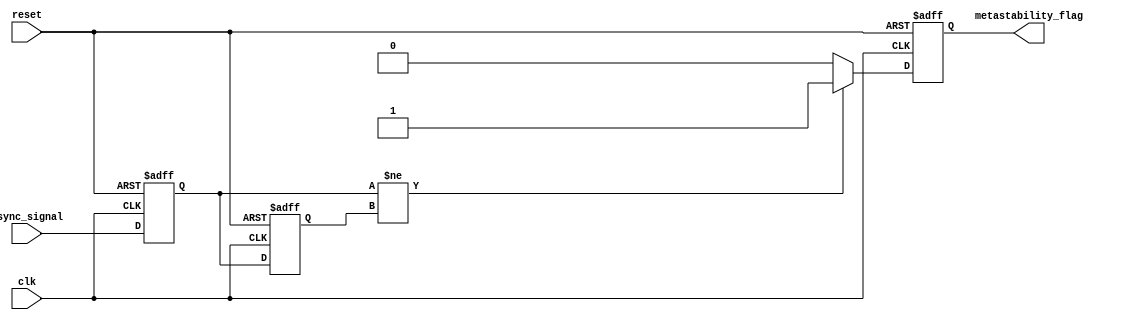
module metastability_detector (
    input wire clk,                // Clock signal
    input wire reset,              // Reset signal
    input wire async_signal,       // Asynchronous input signal
    output reg metastability_flag   // Metastability detection flag
);

    // Parameters
    parameter NUM_SAMPLES = 8;     // Number of samples to store

    // Flip-flops for sampling
    reg ff1, ff2;                   // Two flip-flops
    reg [NUM_SAMPLES-1:0] memory;   // Memory to store samples
    integer sample_index;           // Index for memory storage

    // Flip-flop sampling process
    always @(posedge clk or posedge reset) begin
        if (reset) begin
            ff1 <= 1'b0;
            ff2 <= 1'b0;
            metastability_flag <= 1'b0;
            sample_index <= 0;
            memory <= 0;
        end else begin
            // Sample the asynchronous signal
            ff1 <= async_signal;       // First flip-flop samples the input
            ff2 <= ff1;                // Second flip-flop samples the output of the first

            // Store the output of the second flip-flop in memory
            if (sample_index < NUM_SAMPLES) begin
                memory[sample_index] <= ff2;
                sample_index <= sample_index + 1;
            end else begin
                // Reset the sample index after storing NUM_SAMPLES
                sample_index <= 0;
            end

            // Metastability detection logic
            if (ff1 != ff2) begin
                metastability_flag <= 1'b1; // Set flag if outputs differ
            end else begin
                metastability_flag <= 1'b0; // Clear flag if outputs are the same
            end
        end
    end

endmodule